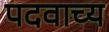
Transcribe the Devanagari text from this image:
पदवाच्य